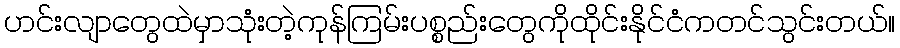
ဟင်းလျာတွေထဲမှာသုံးတဲ့ကုန်ကြမ်းပစ္စည်းတွေကိုထိုင်းနိုင်ငံကတင်သွင်းတယ်။